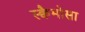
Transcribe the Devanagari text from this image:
स्क्वैमोसा